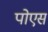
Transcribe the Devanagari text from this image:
पोएस